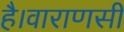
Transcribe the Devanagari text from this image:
है।वाराणसी